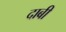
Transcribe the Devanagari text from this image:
दाबी